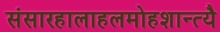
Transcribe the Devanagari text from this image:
संसारहालाहलमोहशान्त्यै